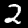
Label: 2